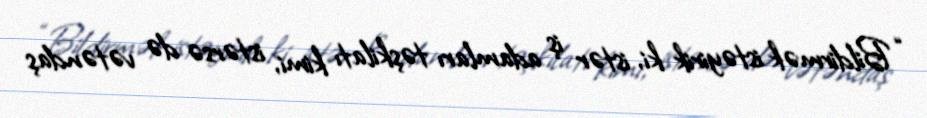
“Bildirmək istəyirik ki, istər iş adamları təşkilatı kimi, istərsə də vətəndaş